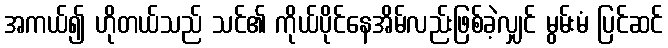
အကယ်၍ ဟိုတယ်သည် သင်၏ ကိုယ်ပိုင်နေအိမ်လည်းဖြစ်ခဲ့လျှင် မွမ်းမံ ပြင်ဆင်